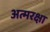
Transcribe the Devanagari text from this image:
अत्मरक्षा